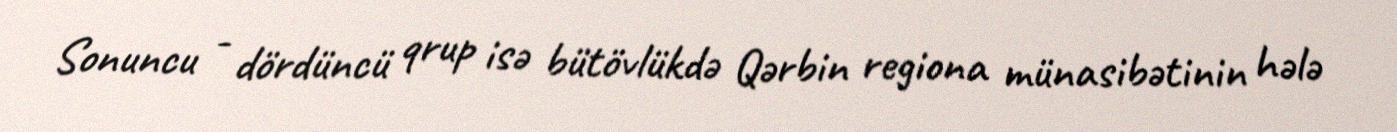
Sonuncu - dördüncü qrup isə bütövlükdə Qərbin regiona münasibətinin hələ